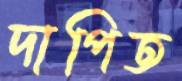
দাপিত